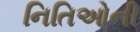
નિતિઓની